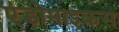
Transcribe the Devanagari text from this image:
एंडोमाइकस